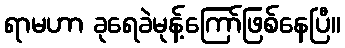
ရာမဟာ ခုရေခဲမုန့်ကြော်ဖြစ်နေပြီ။